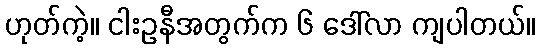
ဟုတ်ကဲ့။ ငါးဥနီအတွက်က ၆ ဒေါ်လာ ကျပါတယ်။